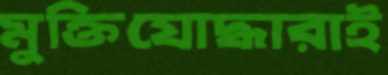
মুক্তিযোদ্ধারাই